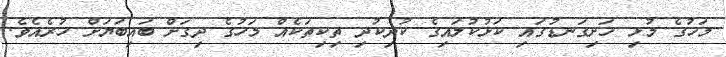
މަހުގެ މުޅި ހަށިގަނޑުގައި ކަޅުކުލައިގެ ކުދިކުދި ތިކިތަކެއް މަހުގެ ދިގަށް ބައިބަޔަށް ހުރެއެވެ.